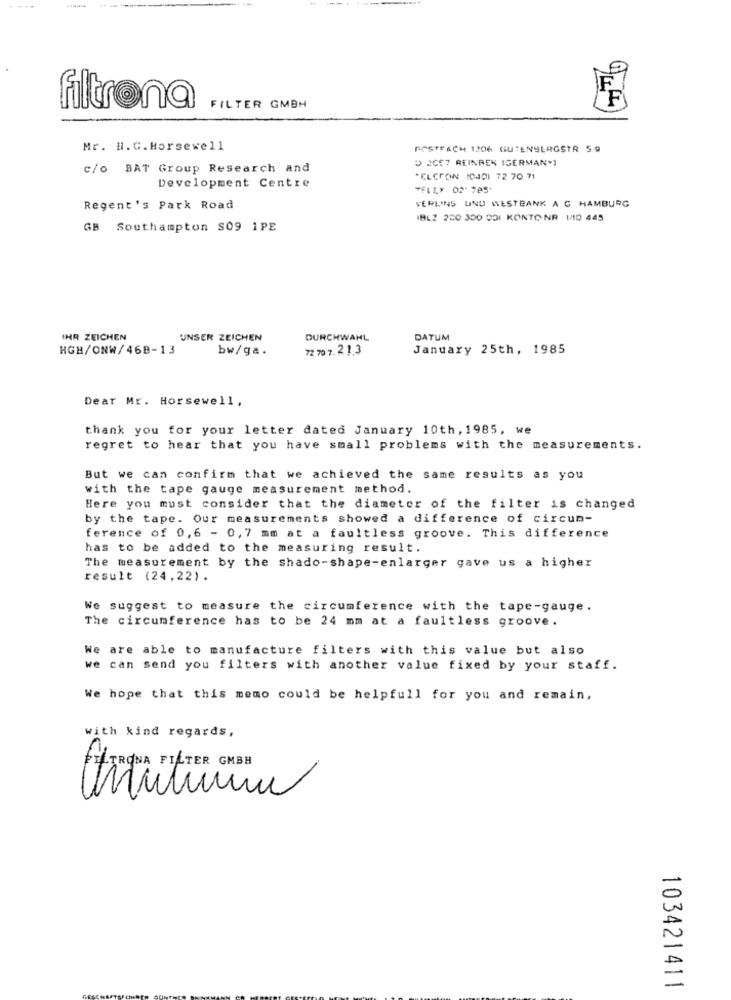
F
filtrona
FILTER GMBH
Mr. H. G.Horsewell
POSTFACH 1206 GUTENULRGSTR 5.9
D 2CE7 REINREK IGERMAN*]
c/o SAT Group Research and
*ELCRON (CAD) 72 70 71
Development Centre
"FLEX 02-785
Regent's Park Road
VERLINS UND WESTBANK A C HAMBURG
IBLZ 200 300 0DI KONTO NR 1/10 445
GB Southampton $09 1PE
IHR ZEICHEN
UNSER ZEICHEN
DURCHWAHL
DATUM
HGH/ONW/46B-13
bw/ga.
72 70 7.21.3
January 25th, 1985
Dear Mr. Horsewell,
thank you for your letter dated January 10th, 1985, we
regret to hear that you have small problems with the measurements.
But we can confirm that we achieved the same results as you
with the tape gauge measurement method.
Here you must consider that the diameter of the filter is changed
by the tape. Our measurements showed a difference of circum-
ference of 0,6 - 0,7 mm at a faultless groove. This difference
has to be added to the measuring result.
The measurement by the shado-shape-enlarger gave us a higher
result (24,22).
We suggest to measure the circumference with the tape-gauge.
The circumference has to be 24 mm at a faultless groove.
We are able to manufacture filters with this value but also
we can send you filters with another value fixed by your staff.
We hope that this memo could be helpfull for you and remain,
with kind regards,
FILTRONA FILTER GMBH
103421411